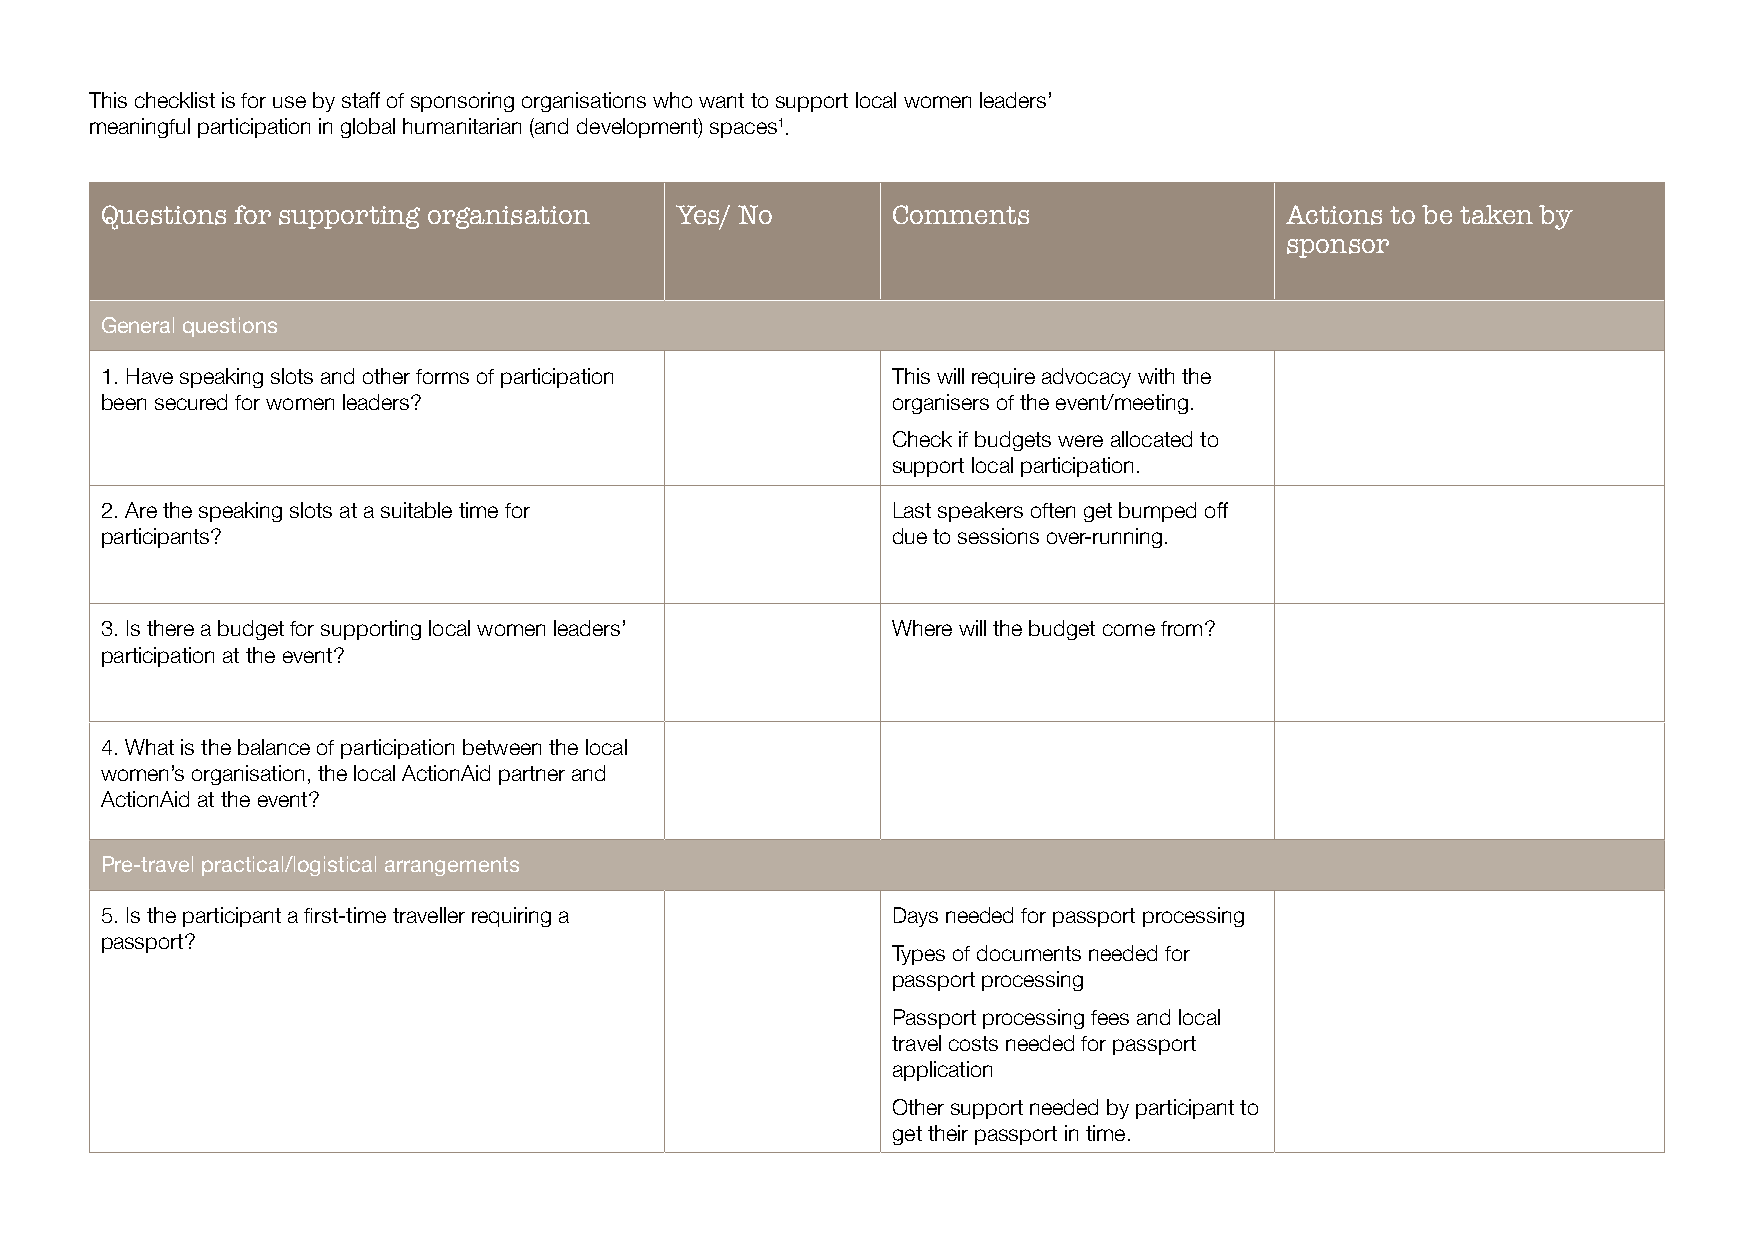
This checklist is for use by staff of sponsoring organisations who want to support local women leaders’
 meaningful participation in global humanitarian (and development) spaces1.
 Questions for supporting organisation Yes/ No       Comments                  Actions to be taken by
 sponsor
 General questions
 1. Have speaking slots and other forms of participation This will require advocacy with the
 been secured for women leaders?                     organisers of the event/meeting.
 Check if budgets were allocated to
 support local participation.
 2. Are the speaking slots at a suitable time for    Last speakers often get bumped off
 participants?                                       due to sessions over-running.
 3. Is there a budget for supporting local women leaders’ Where will the budget come from?
 participation at the event?
 4. What is the balance of participation between the local
 women’s organisation, the local ActionAid partner and
 ActionAid at the event?
 Pre-travel practical/logistical arrangements
 5. Is the participant a first-time traveller requiring a Days needed for passport processing
 passport?
 Types of documents needed for
 passport processing
 Passport processing fees and local
 travel costs needed for passport
 application
 Other support needed by participant to
 get their passport in time.